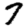
Digit: 7